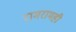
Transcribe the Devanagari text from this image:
रामरामही